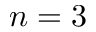
n = 3